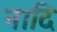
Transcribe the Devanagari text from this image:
नादि